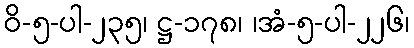
ဝိ-၅-ပါ-၂၃၅၊ ဋ္ဌ-၁၇၈၊ ၊အံ-၅-ပါ-၂၂၆၊